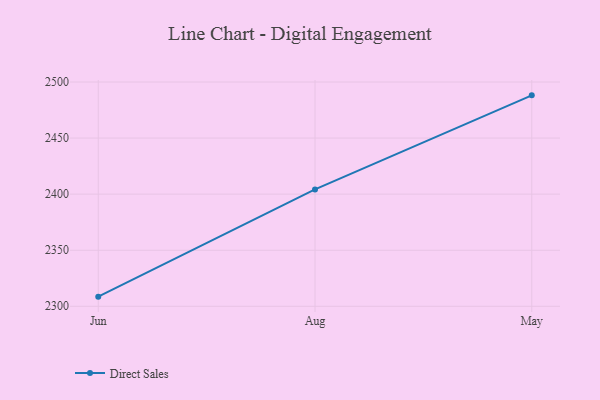
{"axis": {"x": "Month", "y": "Satisfaction Score"}, "legend": ["Direct Sales"], "data": [{"x": "Jun", "y": 2308.6, "type": "Direct Sales"}, {"x": "Aug", "y": 2404.2, "type": "Direct Sales"}, {"x": "May", "y": 2488.1, "type": "Direct Sales"}]}